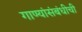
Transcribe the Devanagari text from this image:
गाण्यांसंबंधीची